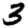
Digit: 3